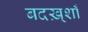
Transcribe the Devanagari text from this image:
बदख़्शाँ